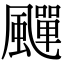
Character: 𩘾